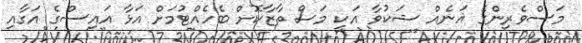
މަސްވެރިންގެ އަނެއް ޝަކުވާ އަކީ މަސް ތާޒާކޮށް ބެހެއްޓުމަށް އަޅާ އައިސްގެ އަގާއި